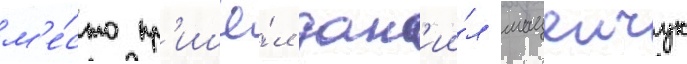
м'е́сто пр'ишё́л дан'ии́л мацеичук